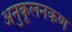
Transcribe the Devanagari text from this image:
अनुकूलनकण